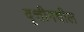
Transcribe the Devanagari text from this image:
वृत्तीमधील